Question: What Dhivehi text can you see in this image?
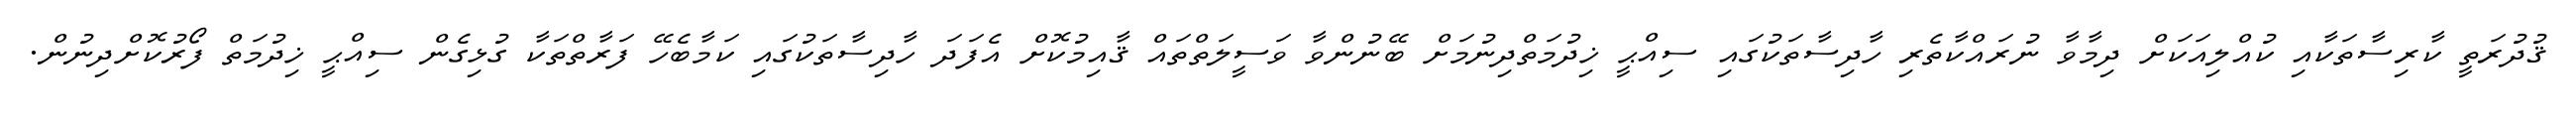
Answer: ޤުދުރަތީ ކާރިސާތަކާއި ކުއްލިއަކަށް ދިމާވާ ނުރައްކާތެރި ހާދިސާތަކުގައި ސިއްޙީ ޚިދުމަތްދިނުމަށް ބޭނުންވާ ވަސީލަތްތައް ޤާއިމުކޮށް އެފަދަ ހާދިސާތަކުގައި ކަމާބެހޭ ފަރާތްތަކާ ގުޅިގެން ސިއްޙީ ޚިދުމަތް ފޯރުކޮށްދިނުން.